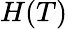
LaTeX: H(T)